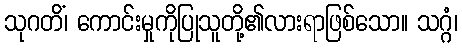
သုဂတိံ၊ ကောင်းမှုကိုပြုသူတို့၏လားရာဖြစ်သော။ သဂ္ဂံ၊